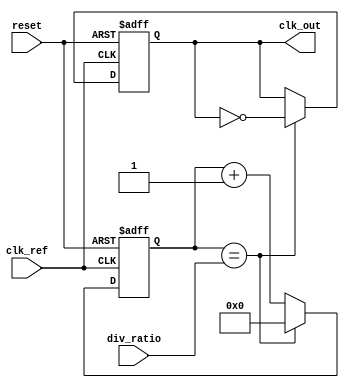
module pll (
    input wire clk_ref,          // Reference clock input
    input wire reset,            // Reset signal
    input wire [3:0] div_ratio,  // Division ratio for feedback
    output reg clk_out           // Output clock
);

    // Phase Detector (PD)
    reg pd_error;                // Phase Detector error signal

    always @(posedge clk_ref or posedge reset) begin
        if (reset) begin
            pd_error <= 1'b0;    // Reset error signal
        end else begin
            // Example for a simple XOR phase detector
            pd_error <= clk_out ^ clk_ref; // Phase error indication
        end
    end

    // Loop Filter (LF)
    reg [7:0] loop_filter;       // Loop filter output voltage
    always @(posedge clk_ref or posedge reset) begin
        if (reset) begin
            loop_filter <= 8'd0; // Reset loop filter voltage
        end else begin
            // Simple first-order low-pass filter
            loop_filter <= loop_filter + pd_error; // Integrate error
        end
    end

    // Voltage-Controlled Oscillator (VCO)
    reg [7:0] vco_frequency;      // VCO frequency control
    always @(posedge clk_ref or posedge reset) begin
        if (reset) begin
            vco_frequency <= 8'd128; // Initial VCO frequency
        end else begin
            // Control VCO frequency based on loop filter output
            vco_frequency <= loop_filter; // Directly set frequency
        end
    end

    // Frequency Divider
    reg [3:0] divider_count;      // Counter for frequency division
    always @(posedge clk_ref or posedge reset) begin
        if (reset) begin
            divider_count <= 4'd0;   // Reset counter
            clk_out <= 1'b0;        // Reset output clock
        end else begin
            if (divider_count == div_ratio) begin
                clk_out <= ~clk_out; // Toggle output clock
                divider_count <= 4'd0; // Reset counter
            end else begin
                divider_count <= divider_count + 1; // Increment counter
            end
        end
    end

endmodule